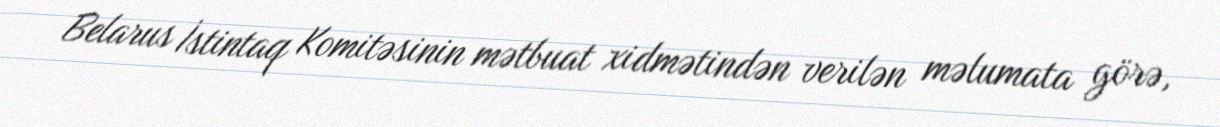
Belarus İstintaq Komitəsinin mətbuat xidmətindən verilən məlumata görə,